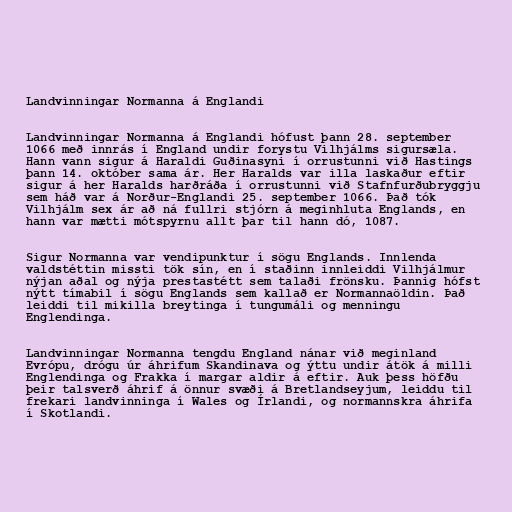
Landvinningar Normanna á Englandi

Landvinningar Normanna á Englandi hófust þann 28. september
1066 með innrás í England undir forystu Vilhjálms sigursæla.
Hann vann sigur á Haraldi Guðinasyni í orrustunni við Hastings
þann 14. október sama ár. Her Haralds var illa laskaður eftir
sigur á her Haralds harðráða í orrustunni við Stafnfurðubryggju
sem háð var á Norður-Englandi 25. september 1066. Það tók
Vilhjálm sex ár að ná fullri stjórn á meginhluta Englands, en
hann var mætti mótspyrnu allt þar til hann dó, 1087.

Sigur Normanna var vendipunktur í sögu Englands. Innlenda
valdstéttin missti tök sín, en í staðinn innleiddi Vilhjálmur
nýjan aðal og nýja prestastétt sem talaði frönsku. Þannig hófst
nýtt tímabil í sögu Englands sem kallað er Normannaöldin. Það
leiddi til mikilla breytinga í tungumáli og menningu
Englendinga.

Landvinningar Normanna tengdu England nánar við meginland
Evrópu, drógu úr áhrifum Skandinava og ýttu undir átök á milli
Englendinga og Frakka í margar aldir á eftir. Auk þess höfðu
þeir talsverð áhrif á önnur svæði á Bretlandseyjum, leiddu til
frekari landvinninga í Wales og Írlandi, og normannskra áhrifa
í Skotlandi.